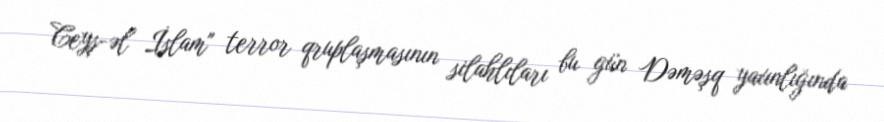
Ceyş-əl İslam" terror qruplaşmasının silahlıları bu gün Dəməşq yaxınlığında